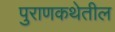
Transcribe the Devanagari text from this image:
पुराणकथेतील